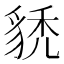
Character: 𧳌